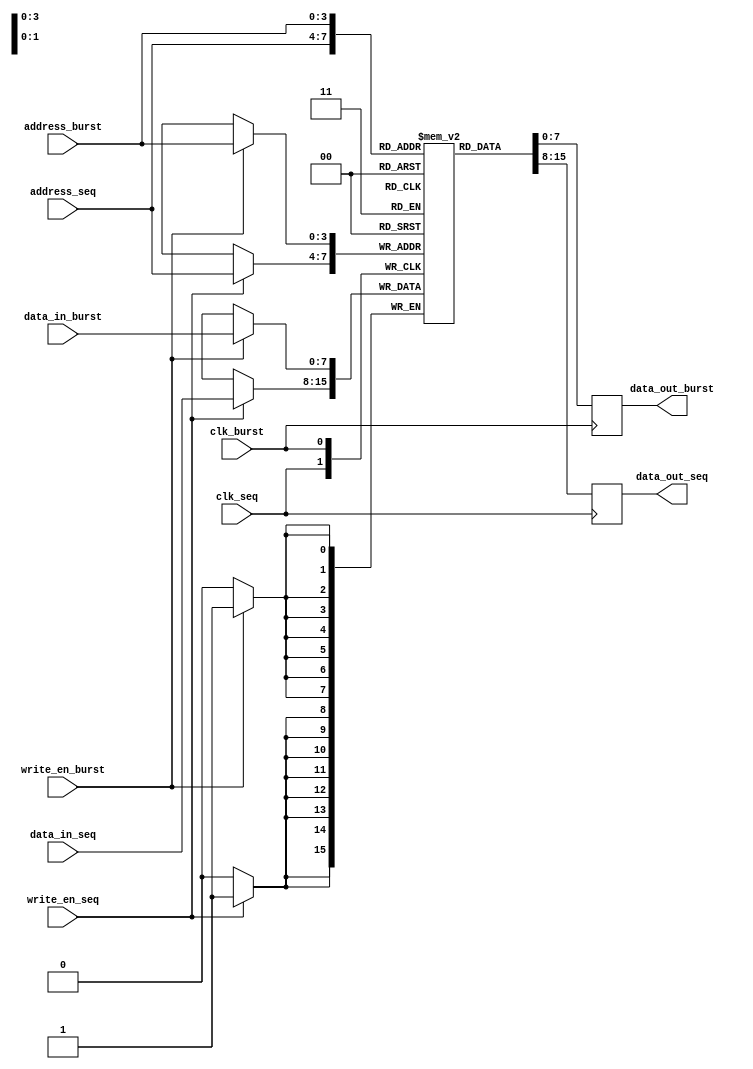
module dual_port_ram (
  input wire [3:0] address_seq,
  input wire [7:0] data_in_seq,
  output wire [7:0] data_out_seq,
  input wire clk_seq,
  input wire write_en_seq,
  
  input wire [3:0] address_burst,
  input wire [7:0] data_in_burst,
  output wire [7:0] data_out_burst,
  input wire clk_burst,
  input wire write_en_burst
);

reg [7:0] memory [0:15];

always @(posedge clk_seq) begin
  if (write_en_seq)
    memory[address_seq] <= data_in_seq;
  
  data_out_seq <= memory[address_seq];
end

always @(posedge clk_burst) begin
  if (write_en_burst)
    memory[address_burst] <= data_in_burst;
  
  data_out_burst <= memory[address_burst];
end

endmodule